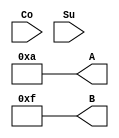
module test_RCA (Co, Su, A, B);

	input Co;
	input [3:0] Su;

	output [3:0] A, B;
	reg [3:0] A, B;
	

	initial begin
		A = 4'b0000;
		B = 4'b1111;
		#15
		A = 4'b1111;
		B = 4'b1111;
		#15
		A = 4'b1010;
		B = 4'b1111;		
	end
	
	initial
		$monitor ("%d, A=%b, B=%b, S=%b, Cout=%b", $time, A, B, Su, Co);

endmodule